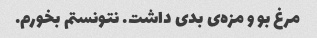
مرغ بو و مزه‌ی بدی داشت. نتونستم بخورم.